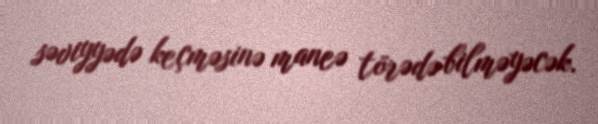
səviyyədə keçməsinə maneə törədə bilməyəcək.